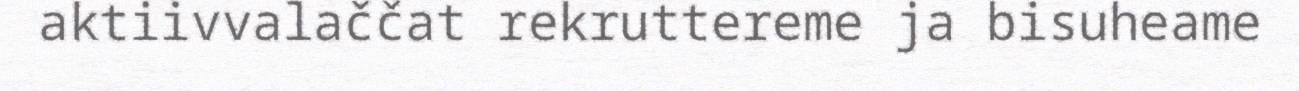
aktiivvalaččat rekruttereme ja bisuheame